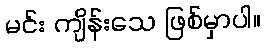
မင်း ကျိန်းသေ ဖြစ်မှာပါ။